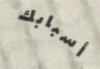
أسبابك